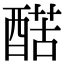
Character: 𨡱